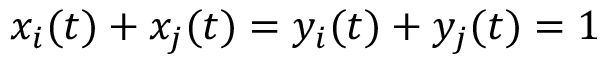
x _ { i } ( t ) + x _ { j } ( t ) = y _ { i } ( t ) + y _ { j } ( t ) = 1